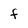
Character: f